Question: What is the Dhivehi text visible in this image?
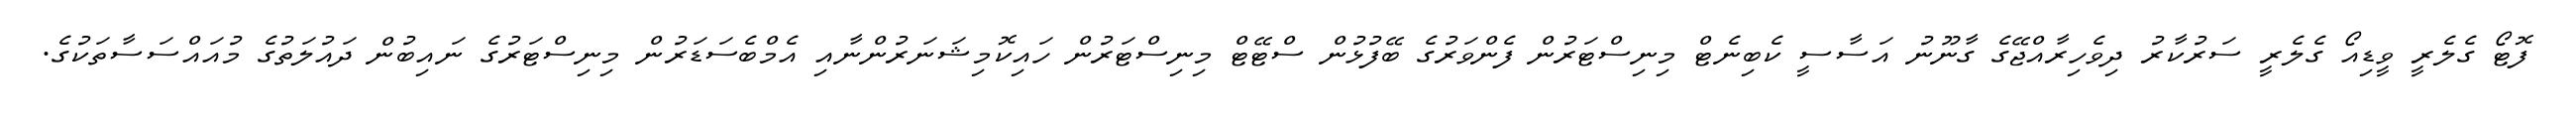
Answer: ފޮޓޯ ގެލެރީ ވީޑިއޯ ގެލެރީ ސަރުކާރު ދިވެހިރާއްޖޭގެ ގާނޫނު އަސާސީ ކެބިނެޓް މިނިސްޓަރުން ފެންވަރުގެ ބޭފުޅުން ސްޓޭޓް މިނިސްޓަރުން ހައިކޮމިޝަނަރުންނާއި އެމްބެސަޑަރުން މިނިސްޓަރުގެ ނައިބުން ދައުލަތުގެ މުއައްސަސާތަކުގެ.